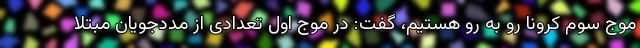
موج سوم کرونا رو به رو هستیم، گفت: در موج اول تعدادی از مددجویان مبتلا